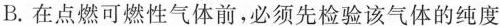
B. 在点燃可燃性气体前，必须先检验该气体的纯度